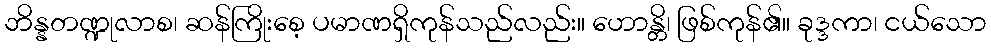
ဘိန္နတဏ္ဍုလာစ၊ ဆန်ကြိုးစေ့ ပမာဏရှိကုန်သည်လည်း။ ဟောန္တိ၊ ဖြစ်ကုန်၏။ ခုဒ္ဒကာ၊ ငယ်သော